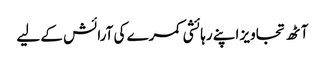
آٹھ تجاویز اپنے رہائشی کمرے کی آرائش کے لیے